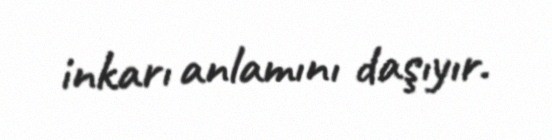
inkarı anlamını daşıyır.